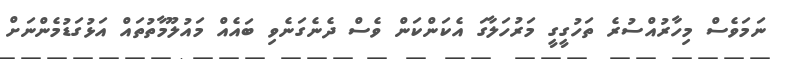
ނަމަވެސް މިހާރުއްސުރެ ތަހުގީގީ މަރުހަލާގަ އެކަންކަން ވެސް ދެނެގަނެވި ބައެއް މައުލޫމާތުތައް އަޅުގަޑުމެންނަށް